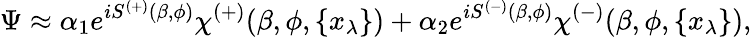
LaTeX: \Psi\approx\alpha_{1}e^{iS^{(+)}(\beta,\phi)}\chi^{(+)}(\beta,\phi,\{ x_{\lambda}\} )+\alpha_{2}e^{iS^{(-)}(\beta,\phi)}\chi^{(-)}(\beta,\phi,\{ x_{\lambda}\} ),